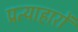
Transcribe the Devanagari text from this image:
प्रत्याहारों